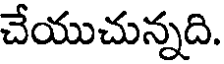
చేయుచున్నది.